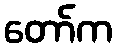
တော်က